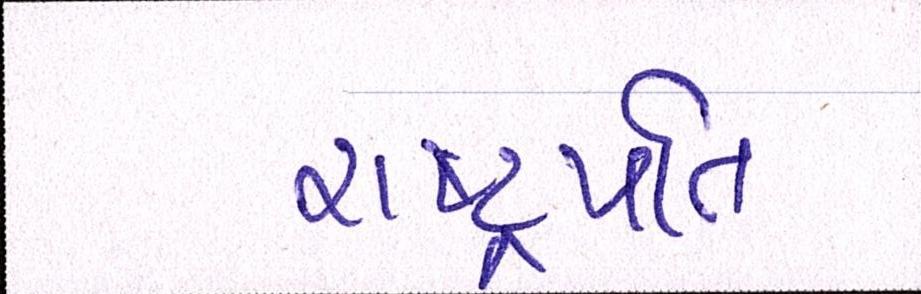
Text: રાષ્ટ્રપતિ